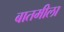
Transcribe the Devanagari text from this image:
बातमीला